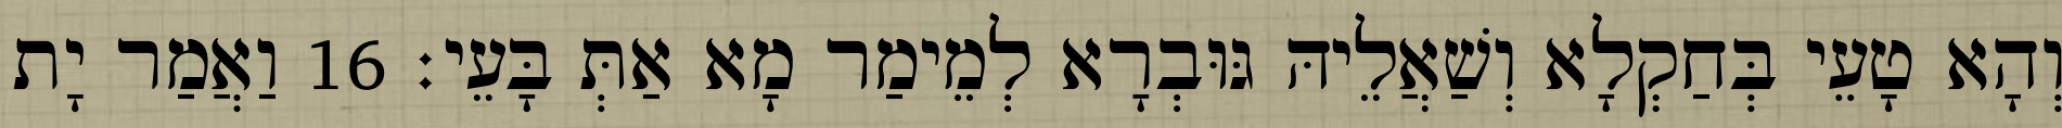
וְהָא טָעֵי בְּחַקְלָא וְשַׁאֲלֵיהּ גּוּבְרָא לְמֵימַר מָא אַתְּ בָּעֵי׃ 16 וַאֲמַר יָת